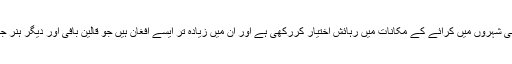
ان مہاجرخاندانوں کی ایک بڑی تعداد نے عارضی کیمپوں سے نکل کر پاکستانی شہروں میں کرائے کے مکانات میں رہائش اختیار کررکھی ہے اور ان میں زیادہ تر ایسے افغان ہیں جو قالین بافی اور دیگر ہنر جانتے ہیں جو ان کی مالی خوشحالی اور کیمپوں میں نہ رہنے کی بڑی وجہ ہے۔